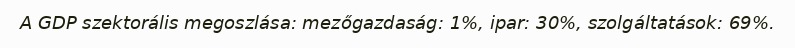
A GDP szektorális megoszlása: mezőgazdaság: 1%, ipar: 30%, szolgáltatások: 69%.